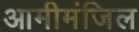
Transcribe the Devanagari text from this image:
आमीमंजिल